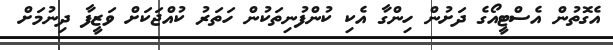
އެގޮތުން އެސްޓީއޯގެ ދަށުން ހިންގާ އެކި ކުންފުނިތަކުން ހަތަރު ކުއްޖަކަށް ވަޒީފާ ދިނުމަށް